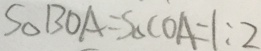
S _ { \Delta } B O A = S _ { \Delta } C O A = 1 : 2